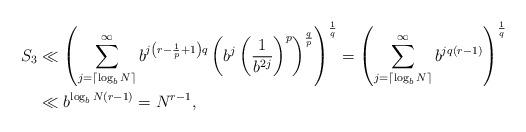
LaTeX: \begin{align*}S_3 &\ll \left(\sum_{j=\lceil \log_{b}{N} \rceil}^{\infty}b^{j\left(r-\frac{1}{p}+1\right)q}\left( b^j\left(\frac{1}{b^{2j}}\right)^p\right)^{\frac{q}{p}}\right)^{\frac{1}{q}}=\left(\sum_{j=\lceil \log_{b}{N} \rceil}^{\infty}b^{jq(r-1)}\right)^{\frac{1}{q}} \\&\ll b^{\log_{b}{N}(r-1)}=N^{r-1},\end{align*}